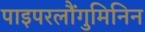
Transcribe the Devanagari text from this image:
पाइपरलौंगुमिनिन